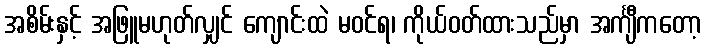
အစိမ်းနှင့် အဖြူမဟုတ်လျှင် ကျောင်းထဲ မဝင်ရ၊ ကိုယ်ဝတ်ထားသည်မှာ အင်္ကျီကတော့